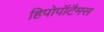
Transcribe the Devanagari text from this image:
हिपोपॉटैमस